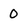
Character: 0